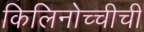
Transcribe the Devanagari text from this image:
किलिनोच्चीची